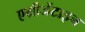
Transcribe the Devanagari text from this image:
एग्रीजेंटाइन